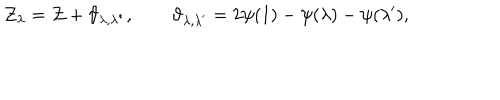
LaTeX: \mathcal { Z } _ { \lambda } = \mathcal { Z } + \vartheta _ { \lambda , \lambda ^ { * } } , \qquad \vartheta _ { \lambda , \lambda ^ { \prime } } = 2 \psi ( 1 ) - \psi ( \lambda ) - \psi ( \lambda ^ { \prime } ) ,